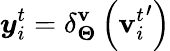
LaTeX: \boldsymbol{y}_{i}^{t}=\delta_{\boldsymbol{\Theta}}^{\mathbf{v}}\left({\boldsymbol{\mathbf{v}}_{i}^{t}}^{\prime}\right)